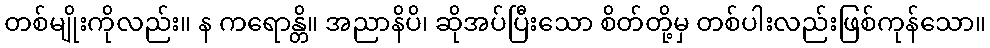
တစ်မျိုးကိုလည်း။ န ကရောန္တိ။ အညာနိပိ၊ ဆိုအပ်ပြီးသော စိတ်တို့မှ တစ်ပါးလည်းဖြစ်ကုန်သော။